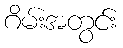
ဂိမ်းအတွင်း